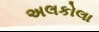
અલકોલા